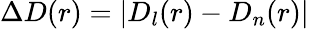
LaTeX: \Delta D(r)=|D_{l}(r)-D_{n}(r)|